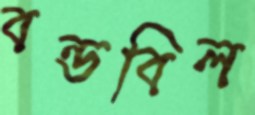
বন্ডবিল